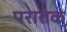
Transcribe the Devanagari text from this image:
परातंक